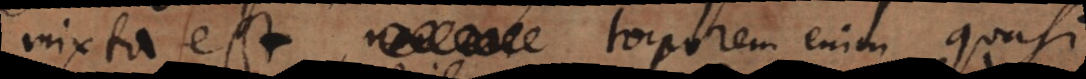
mixta est, torporem enim quasi